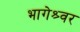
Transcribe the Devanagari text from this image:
भागेश्र्वर